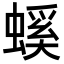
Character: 螇